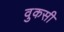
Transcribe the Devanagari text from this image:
वुकसी